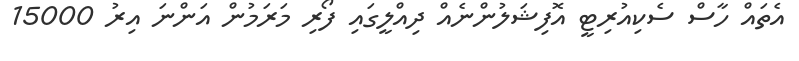
އެތައް ހާސް ސެކިއުރިޓީ އޮފިޝަލުންނެއް ދިއްލީގައި ފޯރި މަރަމުން އަންނަ އިރު 15000